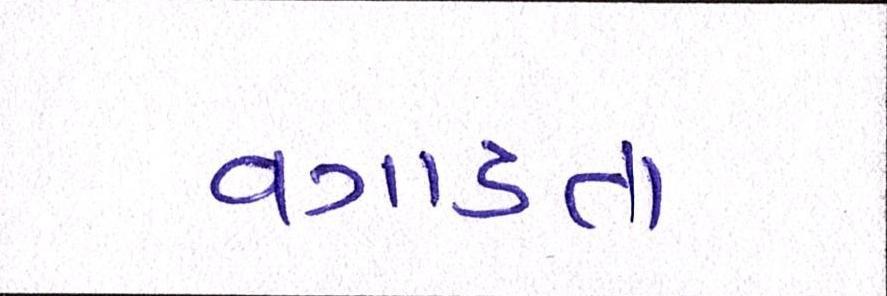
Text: વગાડતા